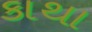
કાથા